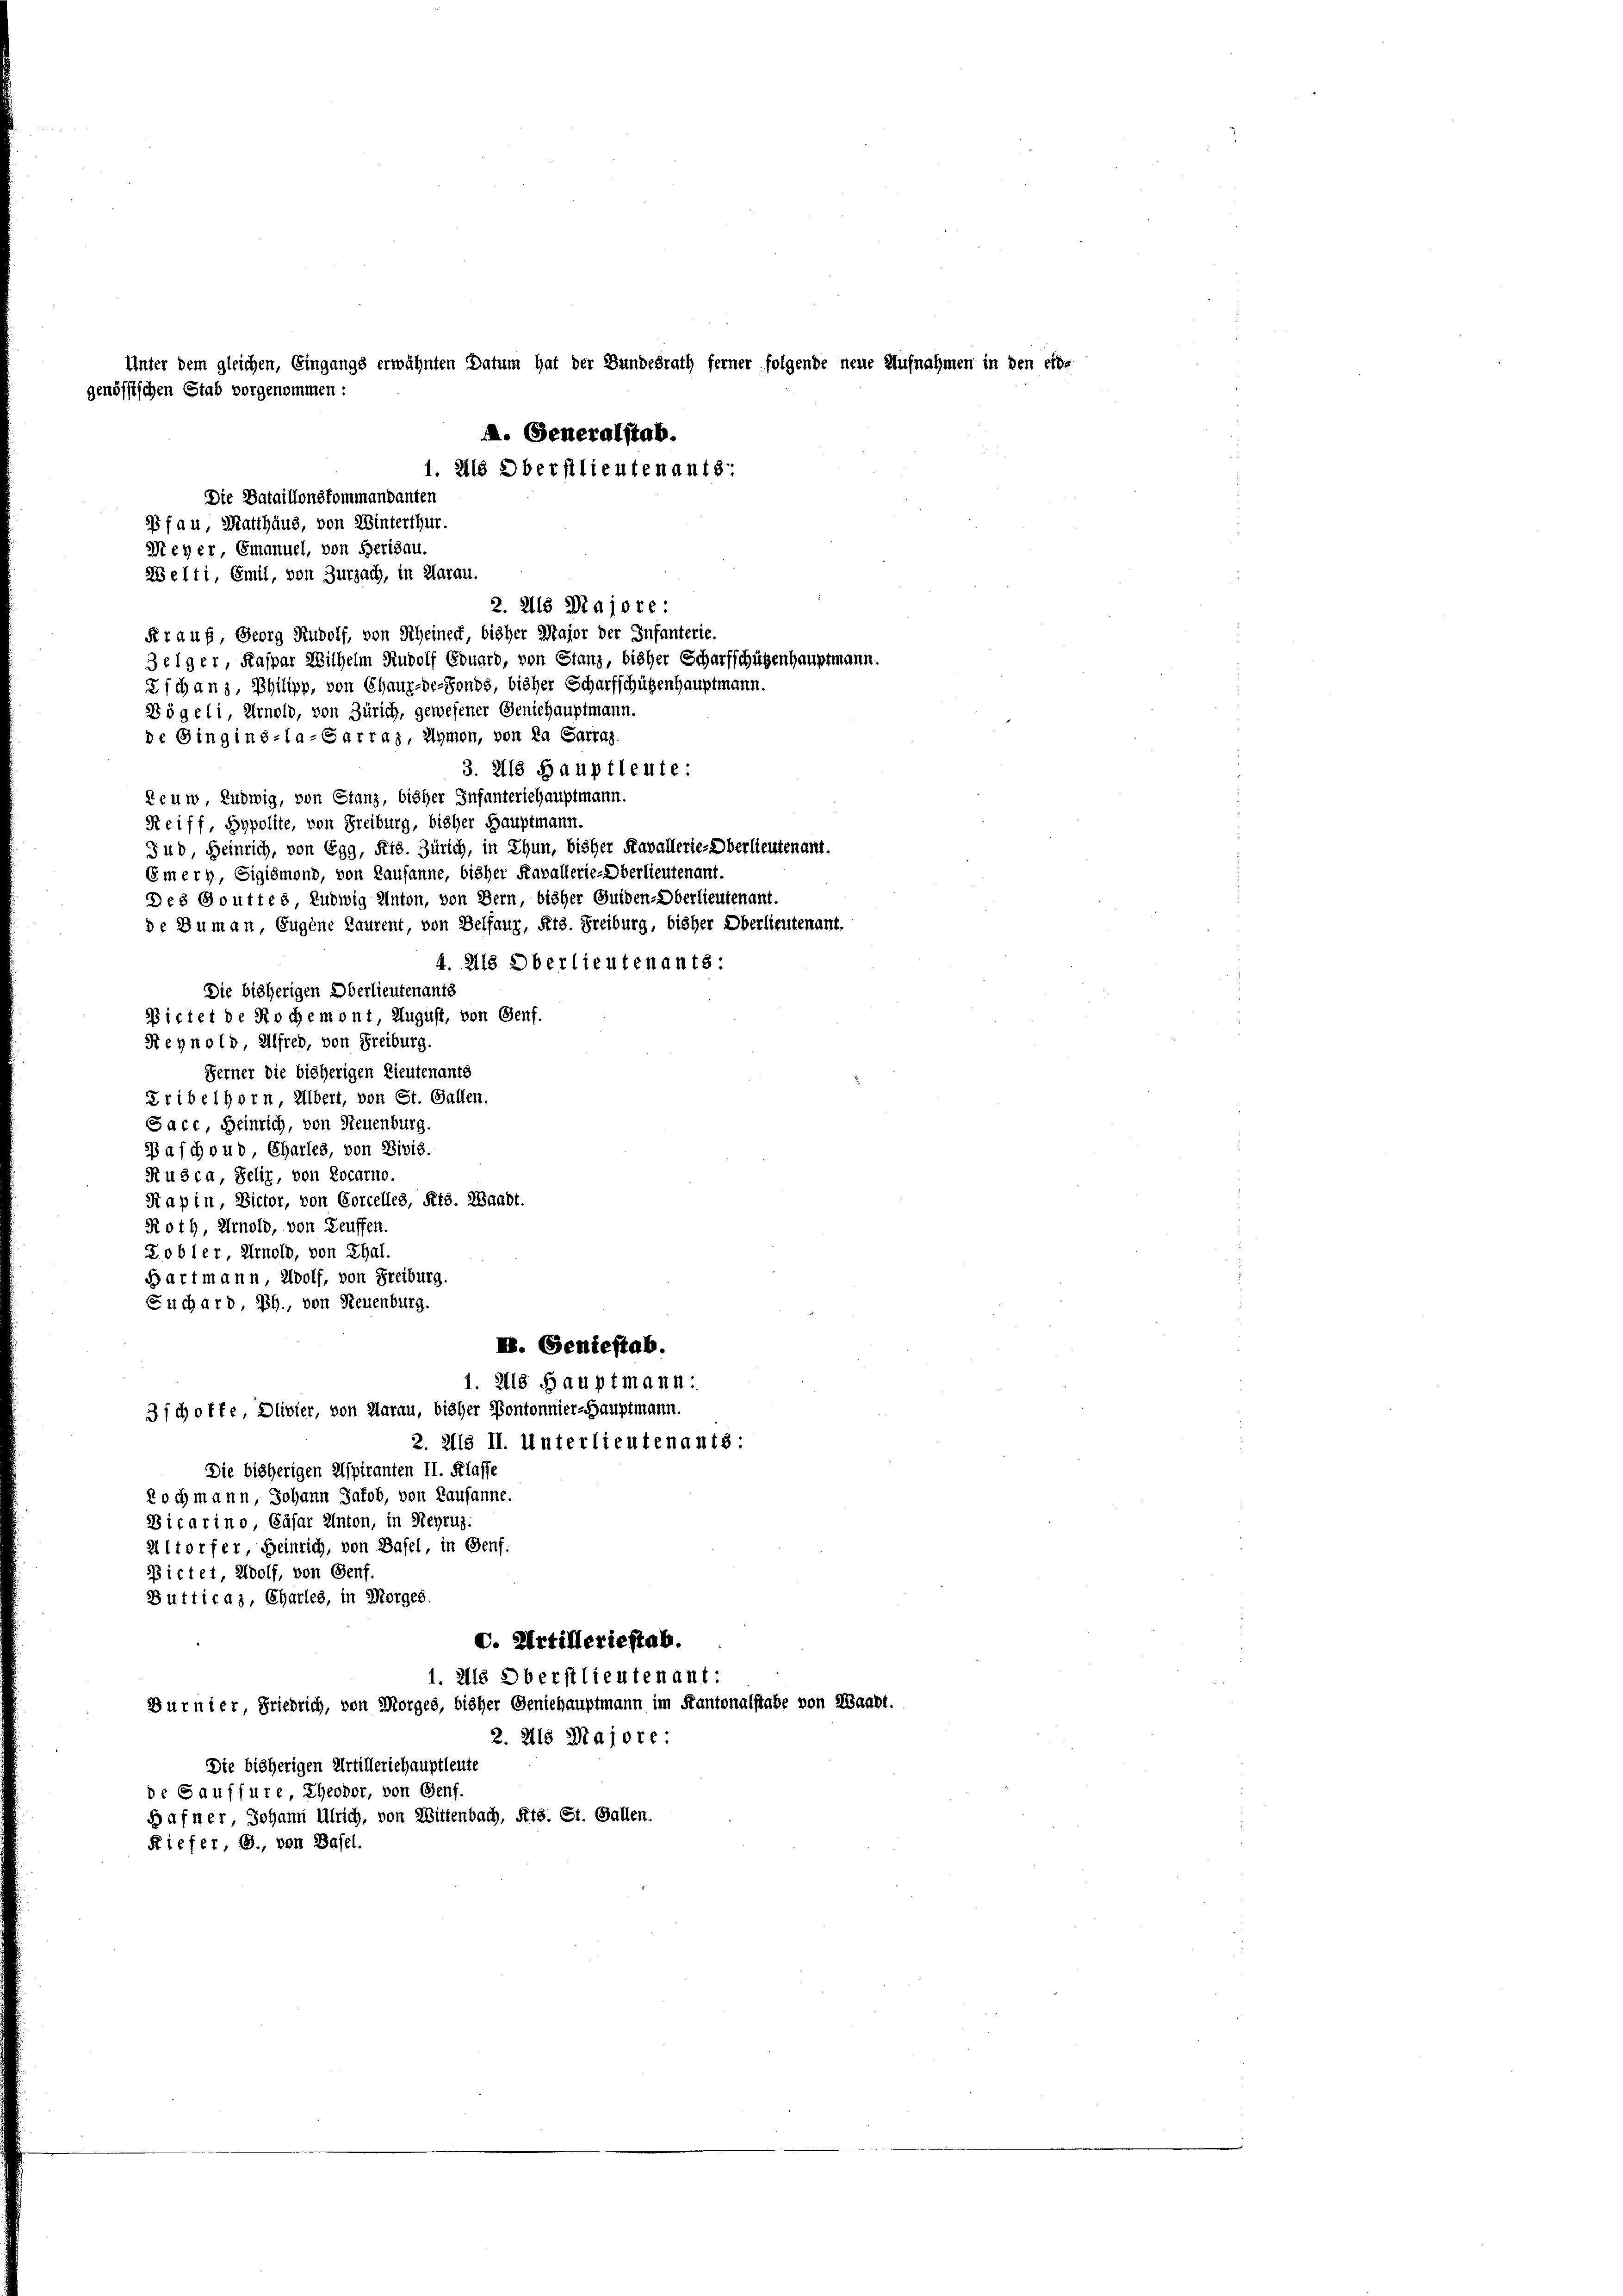
Unter dem gleichen, Eingangs erwähnten Datum hat der Bundesrath ferner folgende is
genössischen Stab vorgenommen:
A. Generalstab.
1. Als Oberstlieutenants:
Die Dataillonskommandanten
3fau, Matthaus, von Winterthur.
Meher, Emanuel, von Berisau.
Welti, Emil, von Zurzach, in Aarau.
2. 218 Majore:
Fr auf, Georg Rudolf, von Scheinert, bisher Major der Infanterie.
3 eiger, Kaspar Wilhelm Rudolf Eduard, von Stanz, bisher Scharfschützenhauseine
Zschanz, Philipp, von Chaux-de-Fonds, bisher Scharfschützenhauptmann.

Dögeli, Arnold, von Zürich, gewesener Geniehauptmann.
de Gingins-La-Garraz, Ihmen, von da Sarraz.
3. 218 Hauptleute:
Reum Ludwig, von Stanz, bisher Infanteriehauptmann.
Seiff, Hypolite, von Freiburg, bisher Hauptmann.
Ind Heinrich, von Egg, Kts. Zürich, in Thun, bisher Kavallerie-Oberlieutenant.
Gmerg, Sigismond, von Lausanne, bisher Kavallerie-Oberlieutenant.
Des Gouttes, Ludwig Anton, von Bern, bisher Guiden-Oberlieutenant.
de Duman, Eugene Laurent, von Belfaur, Pits. Freiburg, bisher Oberlieutenant-
4. 2118 Oberlieutenants:
Die bisherigen Oberlieutenants

Bietet de Rochemont, August, von Genf.
Reynold, Alfred, von Freiburg.
Ferner die bisherigen Lieutenants
Zribelhorn, Albert, von St. Gallen.
Sacc, Heinrich, von Neuenburg.
Basch oud Charles, von Divis.
Rusca, Selit, von Locarno.
Sapin, Victor, von Corcelles, Kts. Waadt.
Roth, Arnold, von Teuffen.
Zobler, Arnold, von Thal.
Bartmann, Wolf, von Freiburg.
Fuchard, PG., von Neuenburg.
K. Geniestab.
1. 218 Hauptmann:
3fch offe, Olivier, von Aarau, bisher Pontonnier-Hauptmann.
2. 2118 II. Unterlieutenants:
Die bisherigen Aspiranten II. Klasse
doch mann, Johann Jakob, von Lausanne.
Dicarino Gäfar Anton, in Heyrug.
Altorfer, Heinrich, von Basel, in Genf.
Pictet, Wolf, von Genf.
Butticaz, Charles, in Morges.
C. Artilleriestab.
1. 218 Oberstlieutenant:
Durnier, Friedrich, von Morges, bisher Geniehauptmann im Kantonals
2. 215 Majore
Die bisherigen Artilleriehauptleute
de Saussure, Theodor, von Genf.
Hafner, Johann Ulrich, von Wittenbach, Kts. St. Gallen.
Fiefer, G., von Basel.

16

en in den es